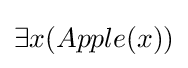
\exists x(Apple(x))